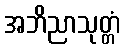
အဘိညာသုတ္တံ